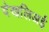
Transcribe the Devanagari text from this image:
देखलिअई